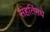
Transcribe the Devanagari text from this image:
संहतिंमधे